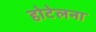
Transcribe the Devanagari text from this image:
होटेलना